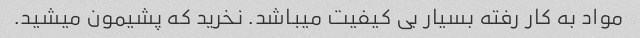
مواد به کار رفته بسیار بی کیفیت میباشد. نخرید که پشیمون میشید.